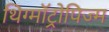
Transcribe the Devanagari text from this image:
थिग्मॉट्रोपिज्म